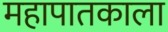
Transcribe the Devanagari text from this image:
महापातकाला